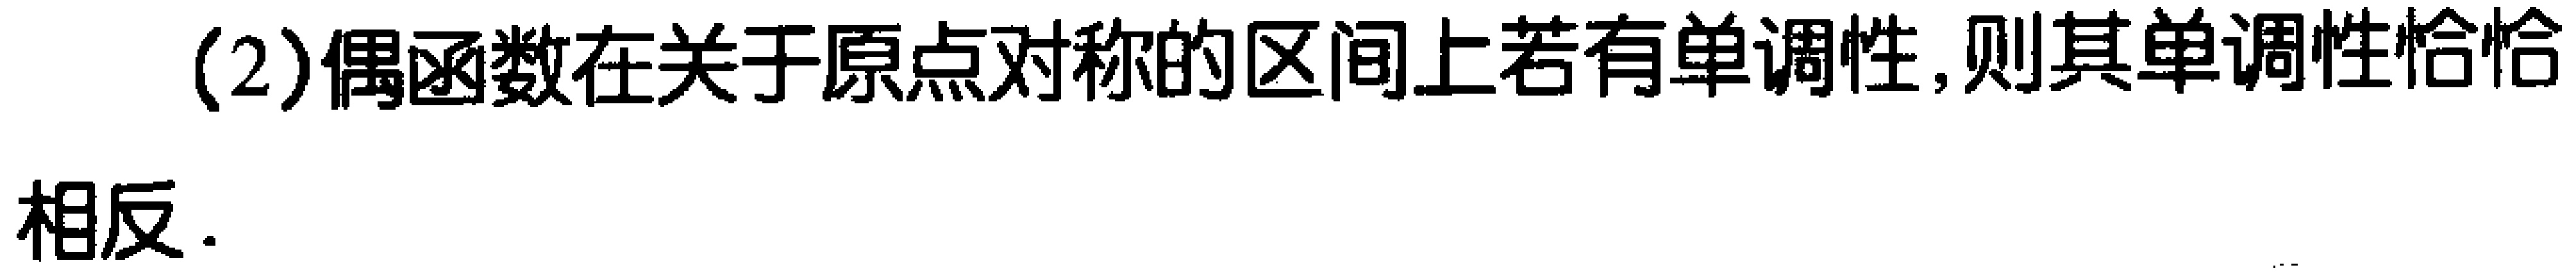
(2)偶函数在关于原点对称的区间上若有单调性,则其单调性恰恰

相反.